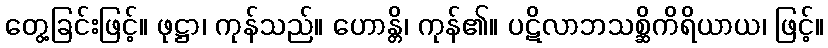
တွေ့ခြင်းဖြင့်။ ဖုဋ္ဌာ၊ ကုန်သည်။ ဟောန္တိ၊ ကုန်၏။ ပဋိလာဘသစ္ဆိကိရိယာယ၊ ဖြင့်။